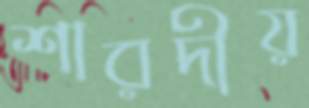
শারদীয়